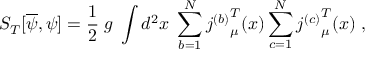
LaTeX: S _ { T } [ \overline { { { \psi } } } , \psi ] = \frac { 1 } { 2 } \; g \; \int d ^ { 2 } x \; \sum _ { b = 1 } ^ { N } { j ^ { ( b ) } } _ { \mu } ^ { T } ( x ) \sum _ { c = 1 } ^ { N } { j ^ { ( c ) } } _ { \mu } ^ { T } ( x ) \; ,